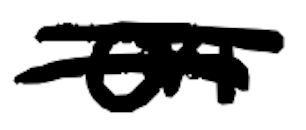
Text: on
Cross-out: mix
Writing tool: digital_black